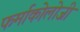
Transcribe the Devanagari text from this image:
फर्माकोलोजी